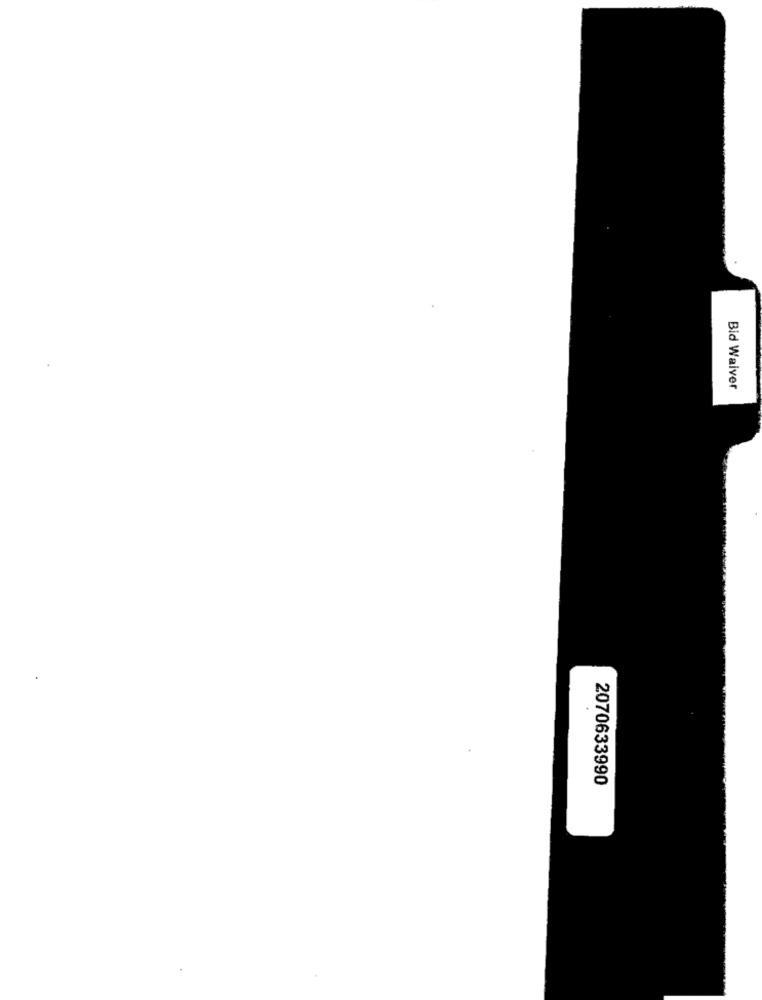
Bid Waiver
2070633990